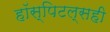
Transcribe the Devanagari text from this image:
हॉस्पिटल्सही